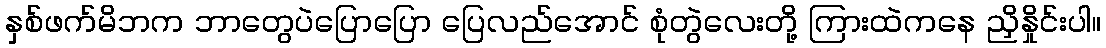
နှစ်ဖက်မိဘက ဘာတွေပဲပြောပြော ပြေလည်အောင် စုံတွဲလေးတို့ ကြားထဲကနေ ညှိနှိုင်းပါ။